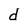
Character: d